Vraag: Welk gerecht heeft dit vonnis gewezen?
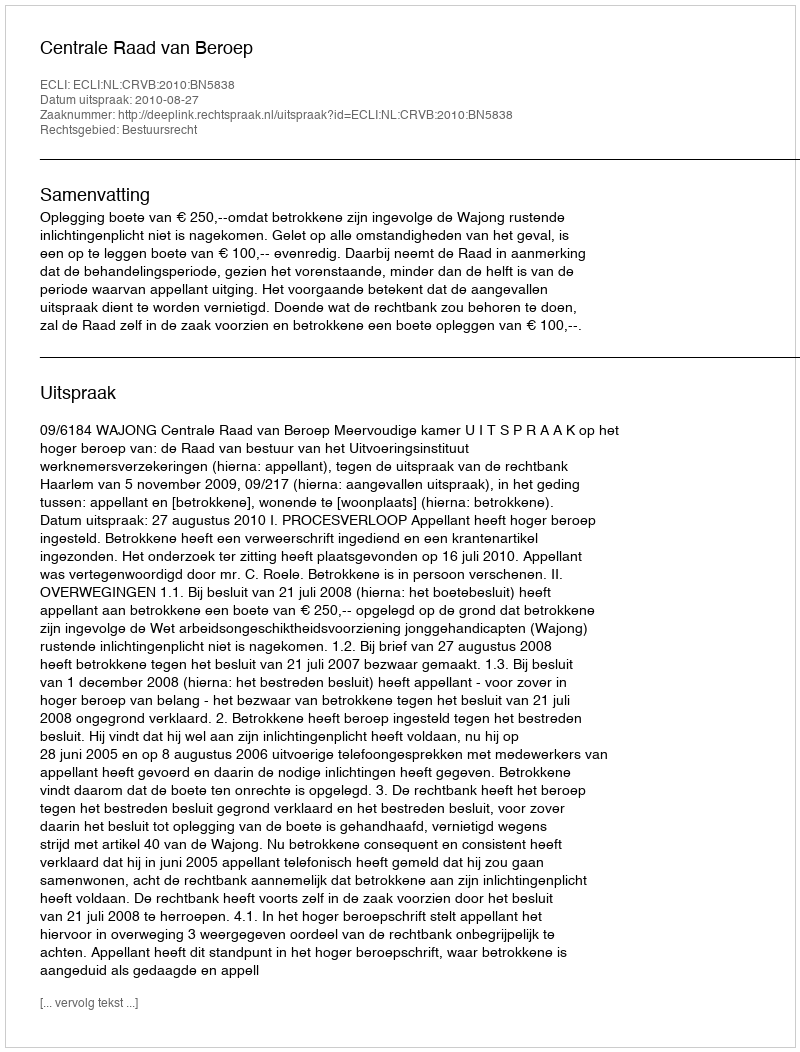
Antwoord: Centrale Raad van Beroep